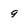
Character: 9